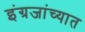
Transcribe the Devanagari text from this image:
इंग्रजांच्यात